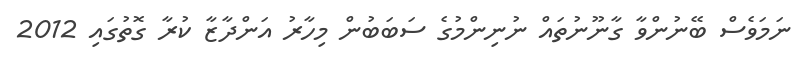
ނަމަވެސް ބޭނުންވާ ގާނޫނުތައް ނުނިންމުގެ ސަބަބުން މިހާރު އަންދާޒާ ކުރާ ގޮތުގައި 2012